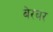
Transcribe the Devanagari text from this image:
बेरबर